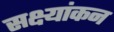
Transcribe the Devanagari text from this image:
सक्ष्यांकन